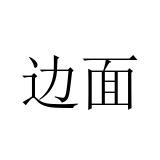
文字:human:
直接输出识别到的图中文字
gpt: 边面